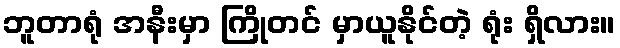
ဘူတာရုံ အနီးမှာ ကြိုတင် မှာယူနိုင်တဲ့ ရုံး ရှိလား။